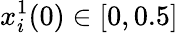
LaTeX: x_{i}^{1}(0)\in[0,0.5]